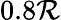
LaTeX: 0.8\mathcal{R}